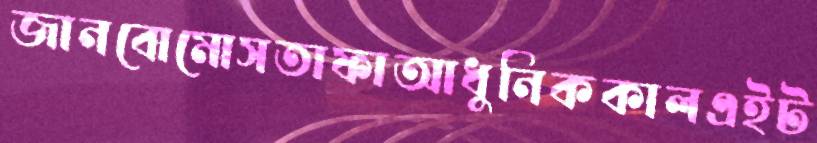
জানবোমোসতাফাআধুনিককালএইট